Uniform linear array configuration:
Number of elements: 24
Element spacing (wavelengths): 1
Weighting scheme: binomial
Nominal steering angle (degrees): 30
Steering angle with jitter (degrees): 31.263
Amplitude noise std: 0.05
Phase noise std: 0.05

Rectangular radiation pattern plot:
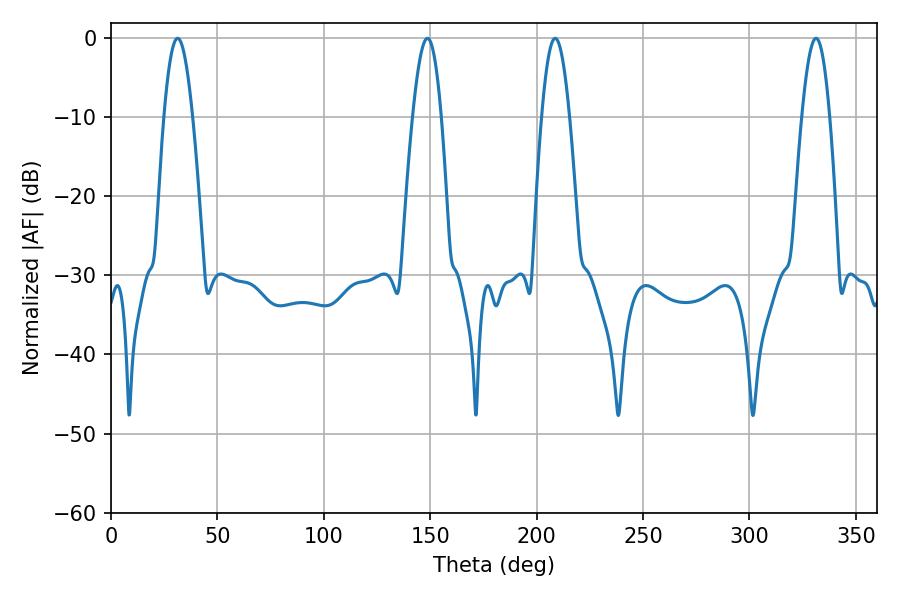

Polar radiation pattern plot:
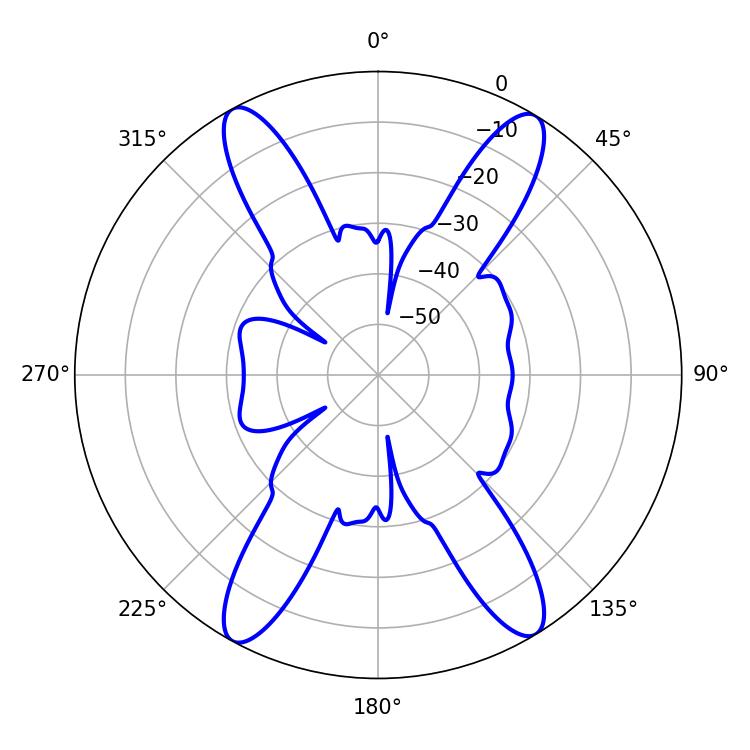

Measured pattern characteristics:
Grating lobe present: TRUE
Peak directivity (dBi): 21.307
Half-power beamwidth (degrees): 7.38
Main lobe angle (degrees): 31.32